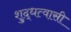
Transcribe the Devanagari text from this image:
शुद्धत्वासी